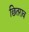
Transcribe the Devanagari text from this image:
छितराव